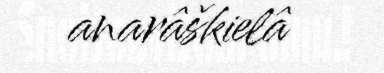
anarâškielâ